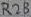
Text: R23